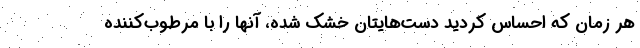
هر زمان که احساس کردید دست‌هایتان خشک شده‌، آنها را با مرطوب‌کننده